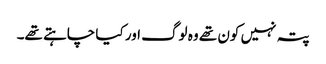
پتہ نہیں کون تھے وہ لوگ اور کیا چاہتے تھے۔